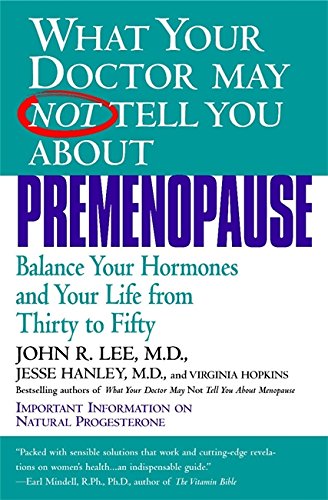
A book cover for What Your Doctor May Not Tell You About Premenopause: Balance Your Hormones and Your Life From Thirty to Fifty; John R. Lee; Health, Fitness & Dieting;